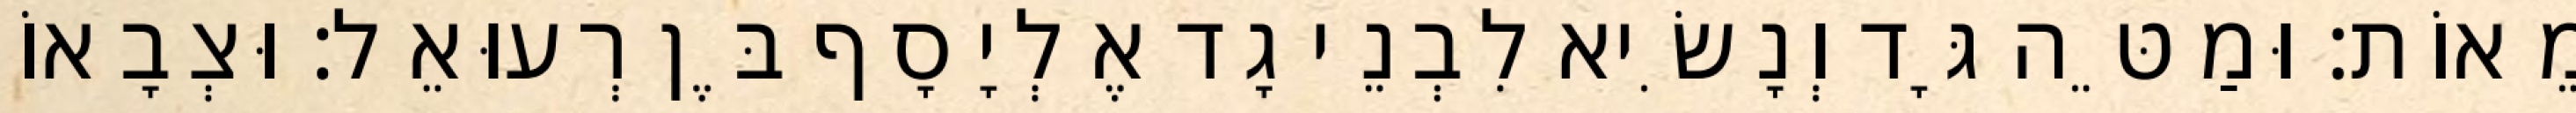
מֵאוֹת׃ וּמַטֵּה גָּד וְנָשִׂיא לִבְנֵי גָד אֶלְיָסָף בֶּן רְעוּאֵל׃ וּצְבָאוֹ